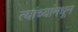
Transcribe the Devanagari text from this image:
त्यांच्यांमधून